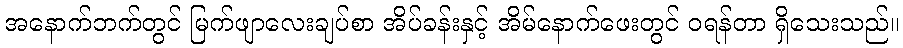
အနောက်ဘက်တွင် မြက်ဖျာလေးချပ်စာ အိပ်ခန်းနှင့် အိမ်နောက်ဖေးတွင် ဝရန်တာ ရှိသေးသည်။